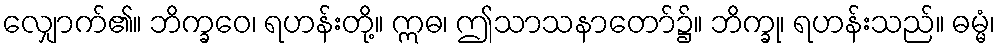
လျှောက်၏။ ဘိက္ခဝေ၊ ရဟန်းတို့။ ဣဓ၊ ဤသာသနာတော်၌။ ဘိက္ခု၊ ရဟန်းသည်။ ဓမ္မံ၊